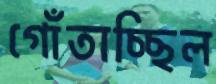
গোঁতাচ্ছিল